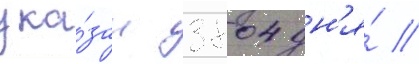
ука́зан 3804 дн'я́ //